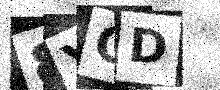
Text: 8YCD